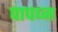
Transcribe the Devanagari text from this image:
पापघ्न